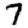
Digit: 7